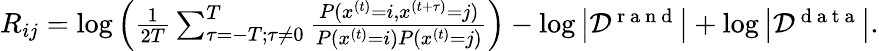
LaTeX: \begin{array}{r}{R_{ij}=\log\left(\frac{1}{2T}\sum_{\tau=-T;\tau\neq 0}^{T}\frac{P(x^{(t)}=i,x^{(t+\tau)}=j)}{P(x^{(t)}=i)P(x^{(t)}=j)}\right)-\log\left|{\cal D}^{\mathrm{~r~a~n~d~}}\right|+\log\left|{\cal D}^{\mathrm{~d~a~t~a~}}\right|.}\end{array}